Annual report on the working of the mental hospitals in the Madras Presidency - 1912-1932
Year: 1912
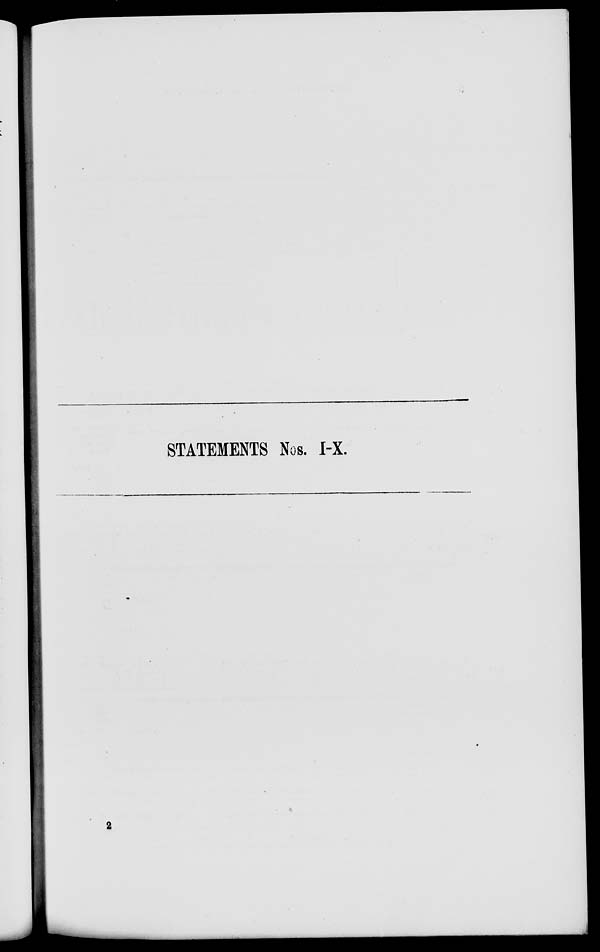
STATEMENTS Nos. I-X.
2